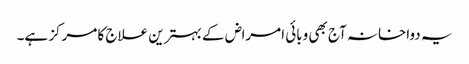
یہ دواخانہ آج بھی وبائی امراض کے بہترین علاج کا مرکز ہے۔